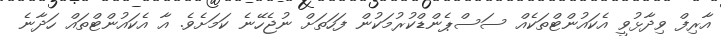
އާރިފް ވިދާޅުވީ އެކައުންޓްތަކެއް ސަސްޕެންޑްކުރުމަކުން ފަހަތަށް ނުޖެހޭނެ ކަމަށެވެ. އާ އެކައުންޓްތައް ހަދާނެ